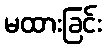
မထားခြင်း